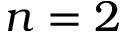
n = 2